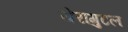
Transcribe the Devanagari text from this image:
येरांगुटल